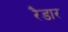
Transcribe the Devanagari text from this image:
रैडार